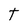
Character: t